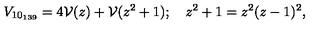
V _ { 1 0 _ { 1 3 9 } } = 4 { \cal V } ( z ) + { \cal V } ( z ^ { 2 } + 1 ) ; \quad z ^ { 2 } + 1 = z ^ { 2 } ( z - 1 ) ^ { 2 } ,